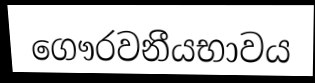
ගෞරවනීයභාවය